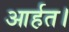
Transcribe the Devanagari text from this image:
आर्हत।